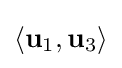
\langle \mathbf {u} _{1},\mathbf {u} _{3}\rangle